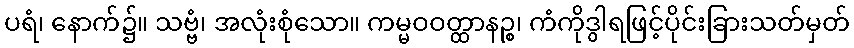
ပရံ၊ နောက်၌။ သဗ္ဗံ၊ အလုံးစုံသော။ ကမ္မဝဝတ္ထာနဉ္စ၊ ကံကိုဒွါရဖြင့်ပိုင်းခြားသတ်မှတ်